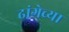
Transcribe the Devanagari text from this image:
ढांगेच्या